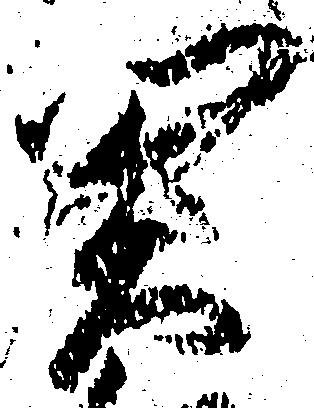
関